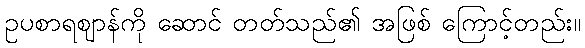
ဥပစာရဈာန်ကို ဆောင် တတ်သည်၏ အဖြစ် ကြောင့်တည်း။